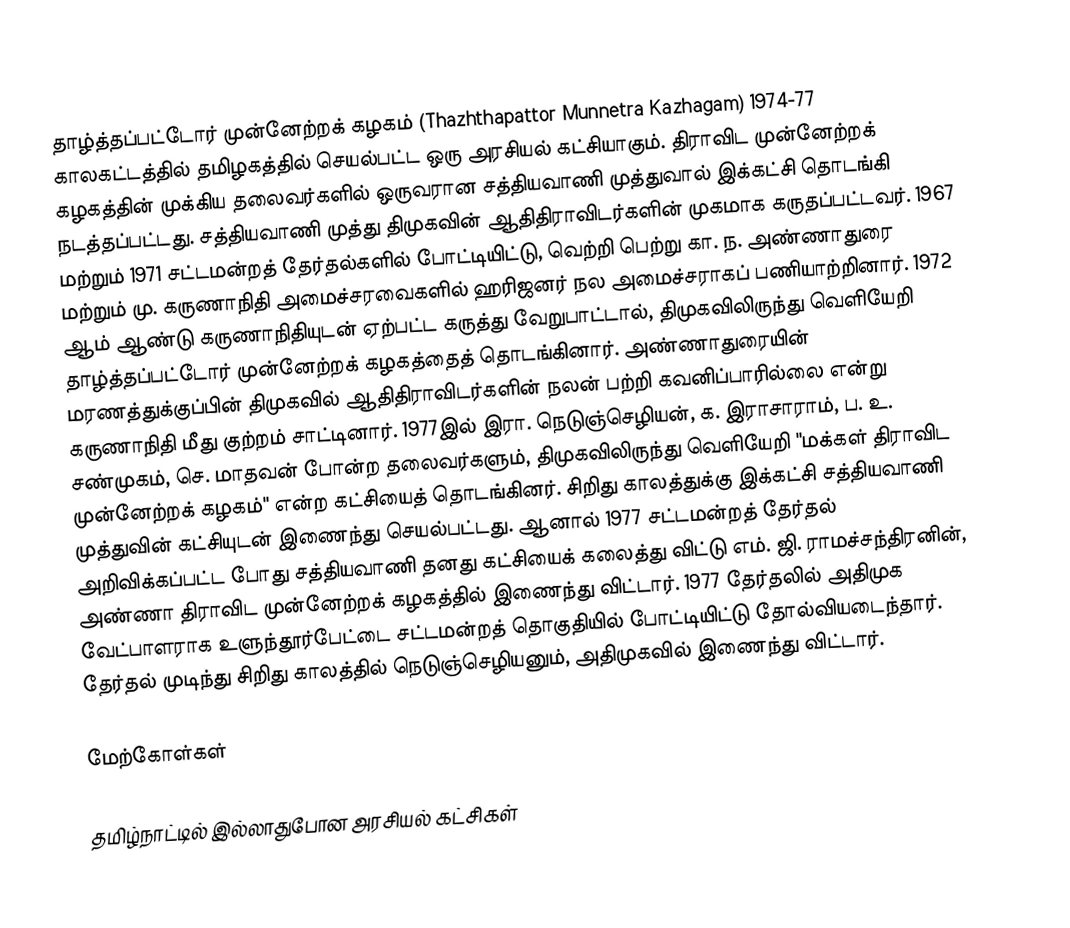
தாழ்த்தப்பட்டோர் முன்னேற்றக் கழகம் (Thazhthapattor Munnetra Kazhagam) 1974-77 காலகட்டத்தில் தமிழகத்தில் செயல்பட்ட ஒரு அரசியல் கட்சியாகும். திராவிட முன்னேற்றக் கழகத்தின் முக்கிய தலைவர்களில் ஒருவரான சத்தியவாணி முத்துவால் இக்கட்சி தொடங்கி நடத்தப்பட்டது. சத்தியவாணி முத்து திமுகவின் ஆதிதிராவிடர்களின் முகமாக கருதப்பட்டவர். 1967 மற்றும் 1971 சட்டமன்றத் தேர்தல்களில் போட்டியிட்டு, வெற்றி பெற்று கா. ந. அண்ணாதுரை மற்றும் மு. கருணாநிதி அமைச்சரவைகளில் ஹரிஜனர் நல அமைச்சராகப் பணியாற்றினார். 1972 ஆம் ஆண்டு கருணாநிதியுடன் ஏற்பட்ட கருத்து வேறுபாட்டால், திமுகவிலிருந்து வெளியேறி தாழ்த்தப்பட்டோர் முன்னேற்றக் கழகத்தைத் தொடங்கினார். அண்ணாதுரையின் மரணத்துக்குப்பின் திமுகவில் ஆதிதிராவிடர்களின் நலன் பற்றி கவனிப்பாரில்லை என்று கருணாநிதி மீது குற்றம் சாட்டினார். 1977இல் இரா. நெடுஞ்செழியன், க. இராசாராம், ப. உ. சண்முகம், செ. மாதவன் போன்ற தலைவர்களும், திமுகவிலிருந்து வெளியேறி "மக்கள் திராவிட முன்னேற்றக் கழகம்" என்ற கட்சியைத் தொடங்கினர். சிறிது காலத்துக்கு இக்கட்சி சத்தியவாணி முத்துவின் கட்சியுடன் இணைந்து செயல்பட்டது. ஆனால் 1977 சட்டமன்றத் தேர்தல் அறிவிக்கப்பட்ட போது சத்தியவாணி தனது கட்சியைக் கலைத்து விட்டு எம். ஜி. ராமச்சந்திரனின், அண்ணா திராவிட முன்னேற்றக் கழகத்தில் இணைந்து விட்டார். 1977 தேர்தலில் அதிமுக வேட்பாளராக உளுந்தூர்பேட்டை சட்டமன்றத் தொகுதியில் போட்டியிட்டு தோல்வியடைந்தார். தேர்தல் முடிந்து சிறிது காலத்தில் நெடுஞ்செழியனும், அதிமுகவில் இணைந்து விட்டார்.

மேற்கோள்கள்

தமிழ்நாட்டில் இல்லாதுபோன அரசியல் கட்சிகள்